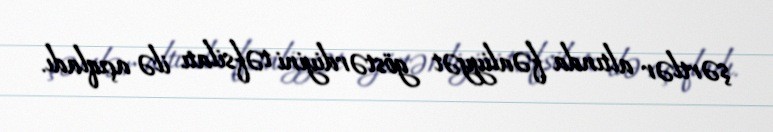
şərtlər altında fəaliyyət göstərdiyini təfsilatı ilə açıqladı.